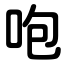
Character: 咆